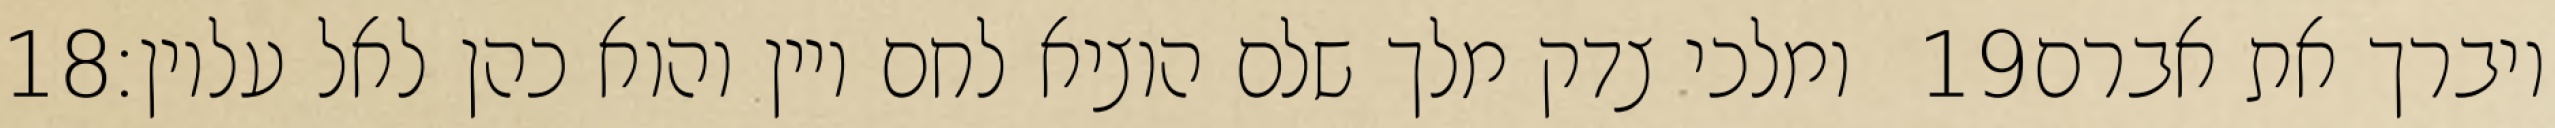
‎18‏ ומלכי צדק מלך שלם הוציא לחם ויין והוא כהן לאל עליון׃ ‎19‏ ויברך את אברם